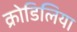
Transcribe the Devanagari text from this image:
क्रोडिलिया